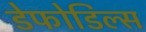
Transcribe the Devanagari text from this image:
डेफोडिल्स